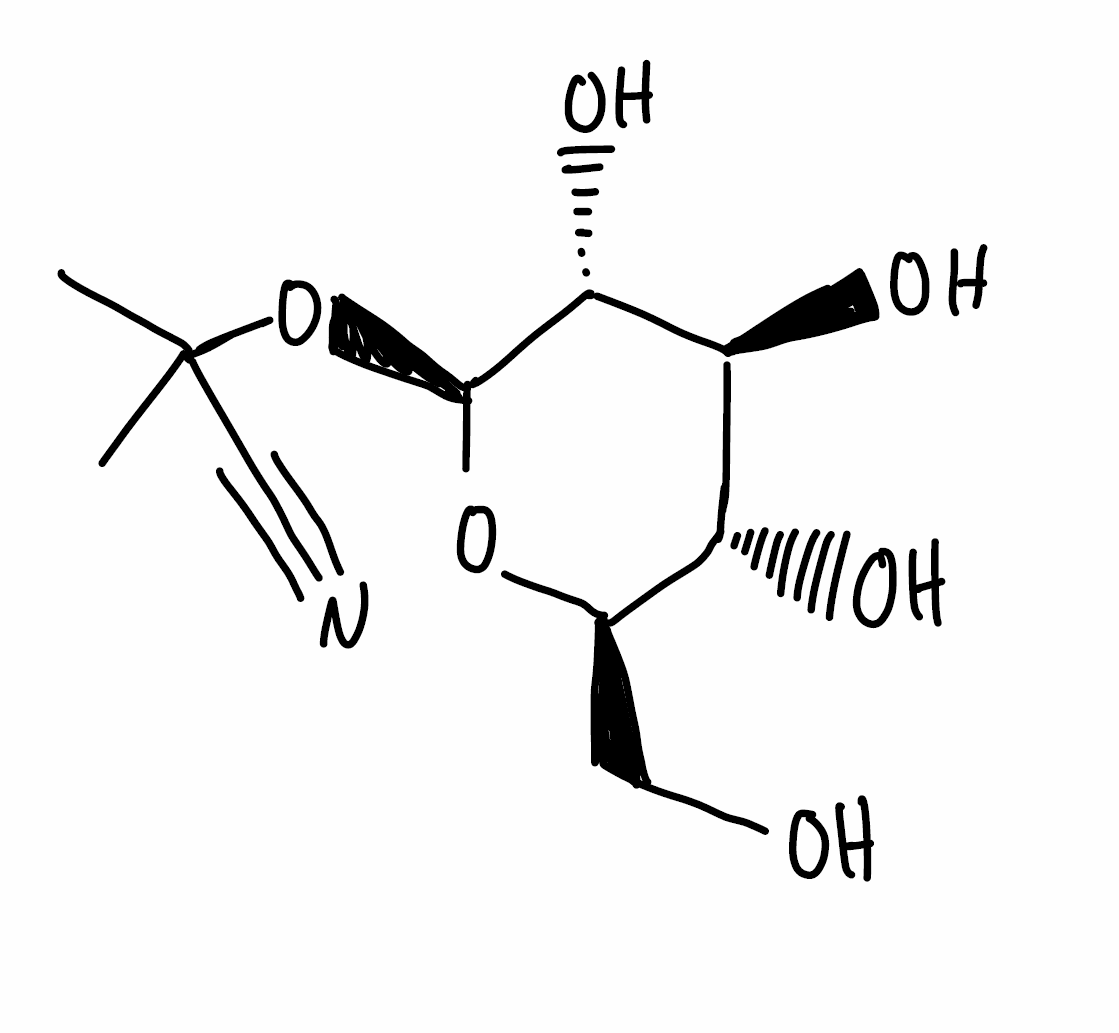
Simplified molecular-input line-entry system (SMILES) notation of the given molecule:
CC(C)(C#N)O[C@H]1[C@@H]([C@H]([C@@H]([C@H](O1)CO)O)O)O